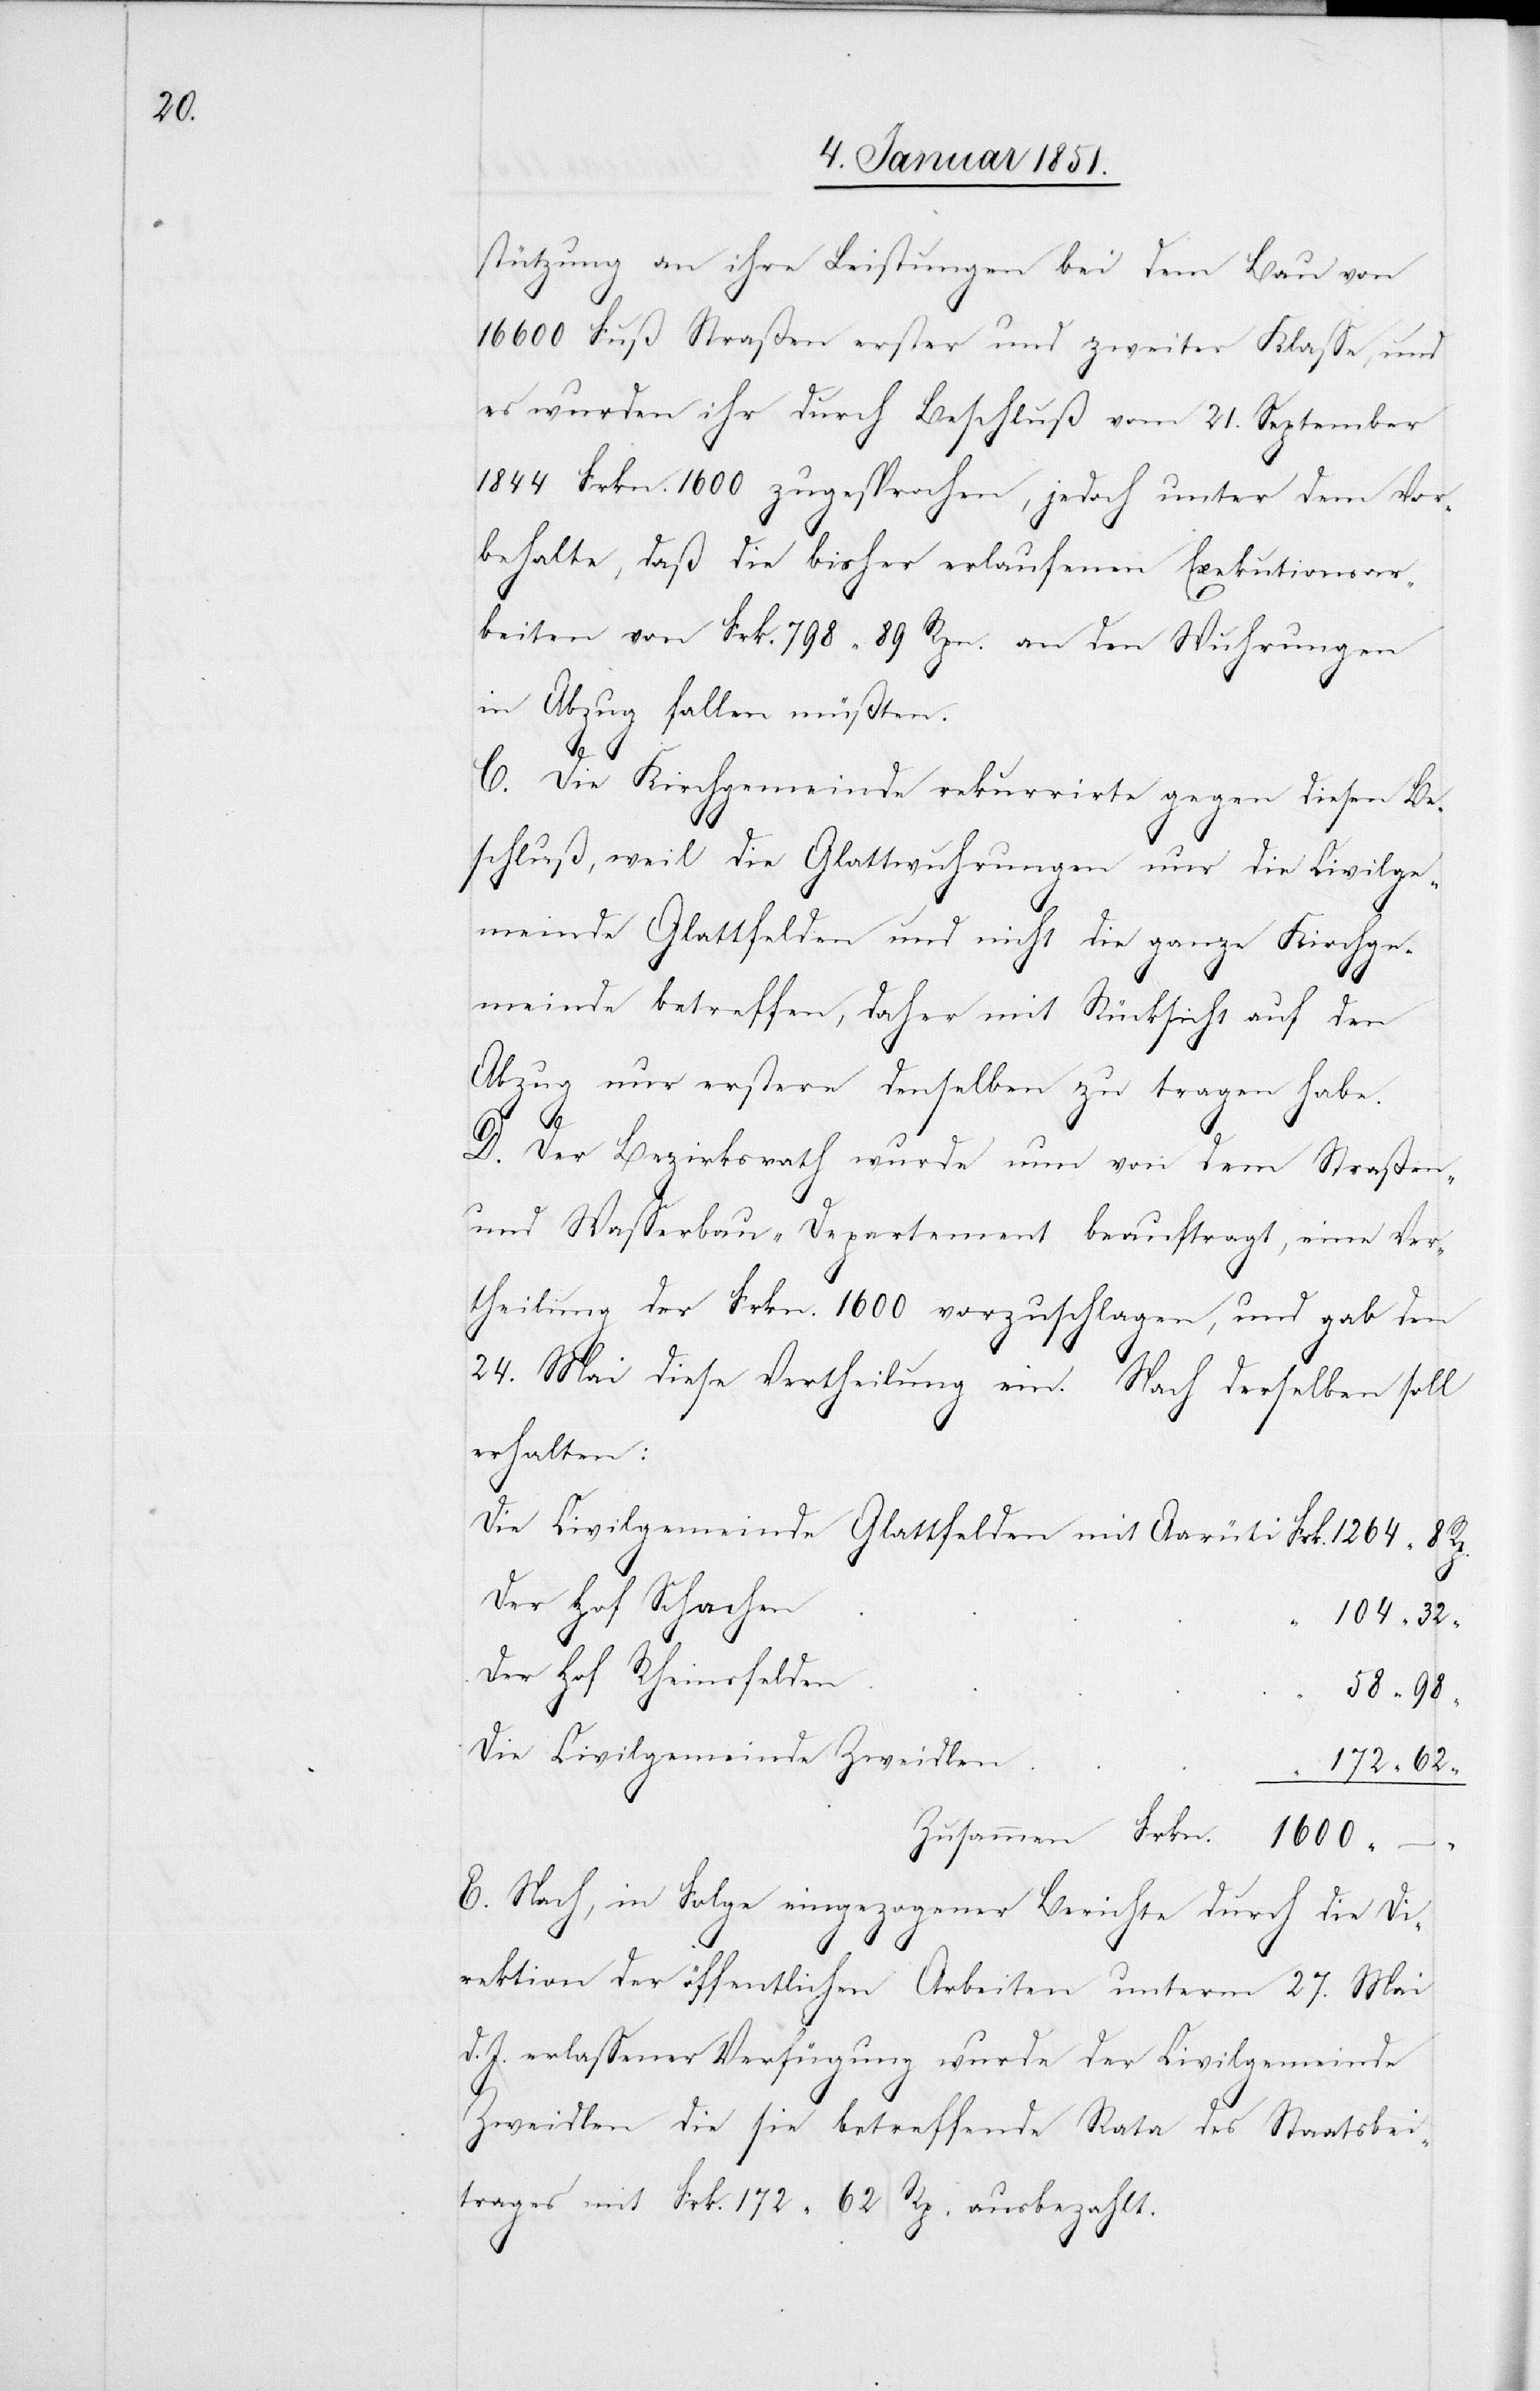
stützung an ihre Leistungen bei dem Bau von
16600 Fuß Straßen erster und zweiter Klasse, und
es wurden ihr durch Beschluß vom 21. September
1844 Frkn. 1600 zugesprochen, jedoch unter dem Vor¬
behalte, daß die bisher erlaufenen Exekutionsar¬
beiten von Frk. 798. 89 Rpn. an den Wuhrungen
in Abzug fallen müßten.
d. J.
C. Die Kirchgemeinde rekurrirte gegen diesen Be¬
schluß, weil die Glattwuhrungen nur die Civilge¬
meinde Glattfelden und nicht die ganze Kirchge¬
meinde betreffen, daher mit Rücksicht auf den
Abzug nur erstere denselben zu tragen habe.
D. Der Bezirksrath wurde nun von dem Straßen-
und Wasserbau-Departement beauftragt, eine Ver¬
theilung der Frkn. 1600 vorzuschlagen, und gab den
24. Mai diese Vertheilung ein. Nach derselben soll
erhalten:
Die Civilgemeinde Glattfelden mit Aarüti
172
Der Hof Schachen
Der Hof Rheinsfelden
“
Die Civilgemeinde Zweidlen
E. Nach, in Folge eingezogener Berichte durch die Di¬
rektion der öffentlichen Arbeiten unterm 27. Mai
v. J.] erlassener Verfügung wurde der Civilgemeinde
Zweidlen die sie betreffende Rata des Staatsbei¬
trages mit Frk. 172 62 Rp. ausbezahlt.